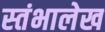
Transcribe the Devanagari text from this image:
स्‍तंभालेख